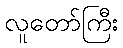
လူတော်ကြီး